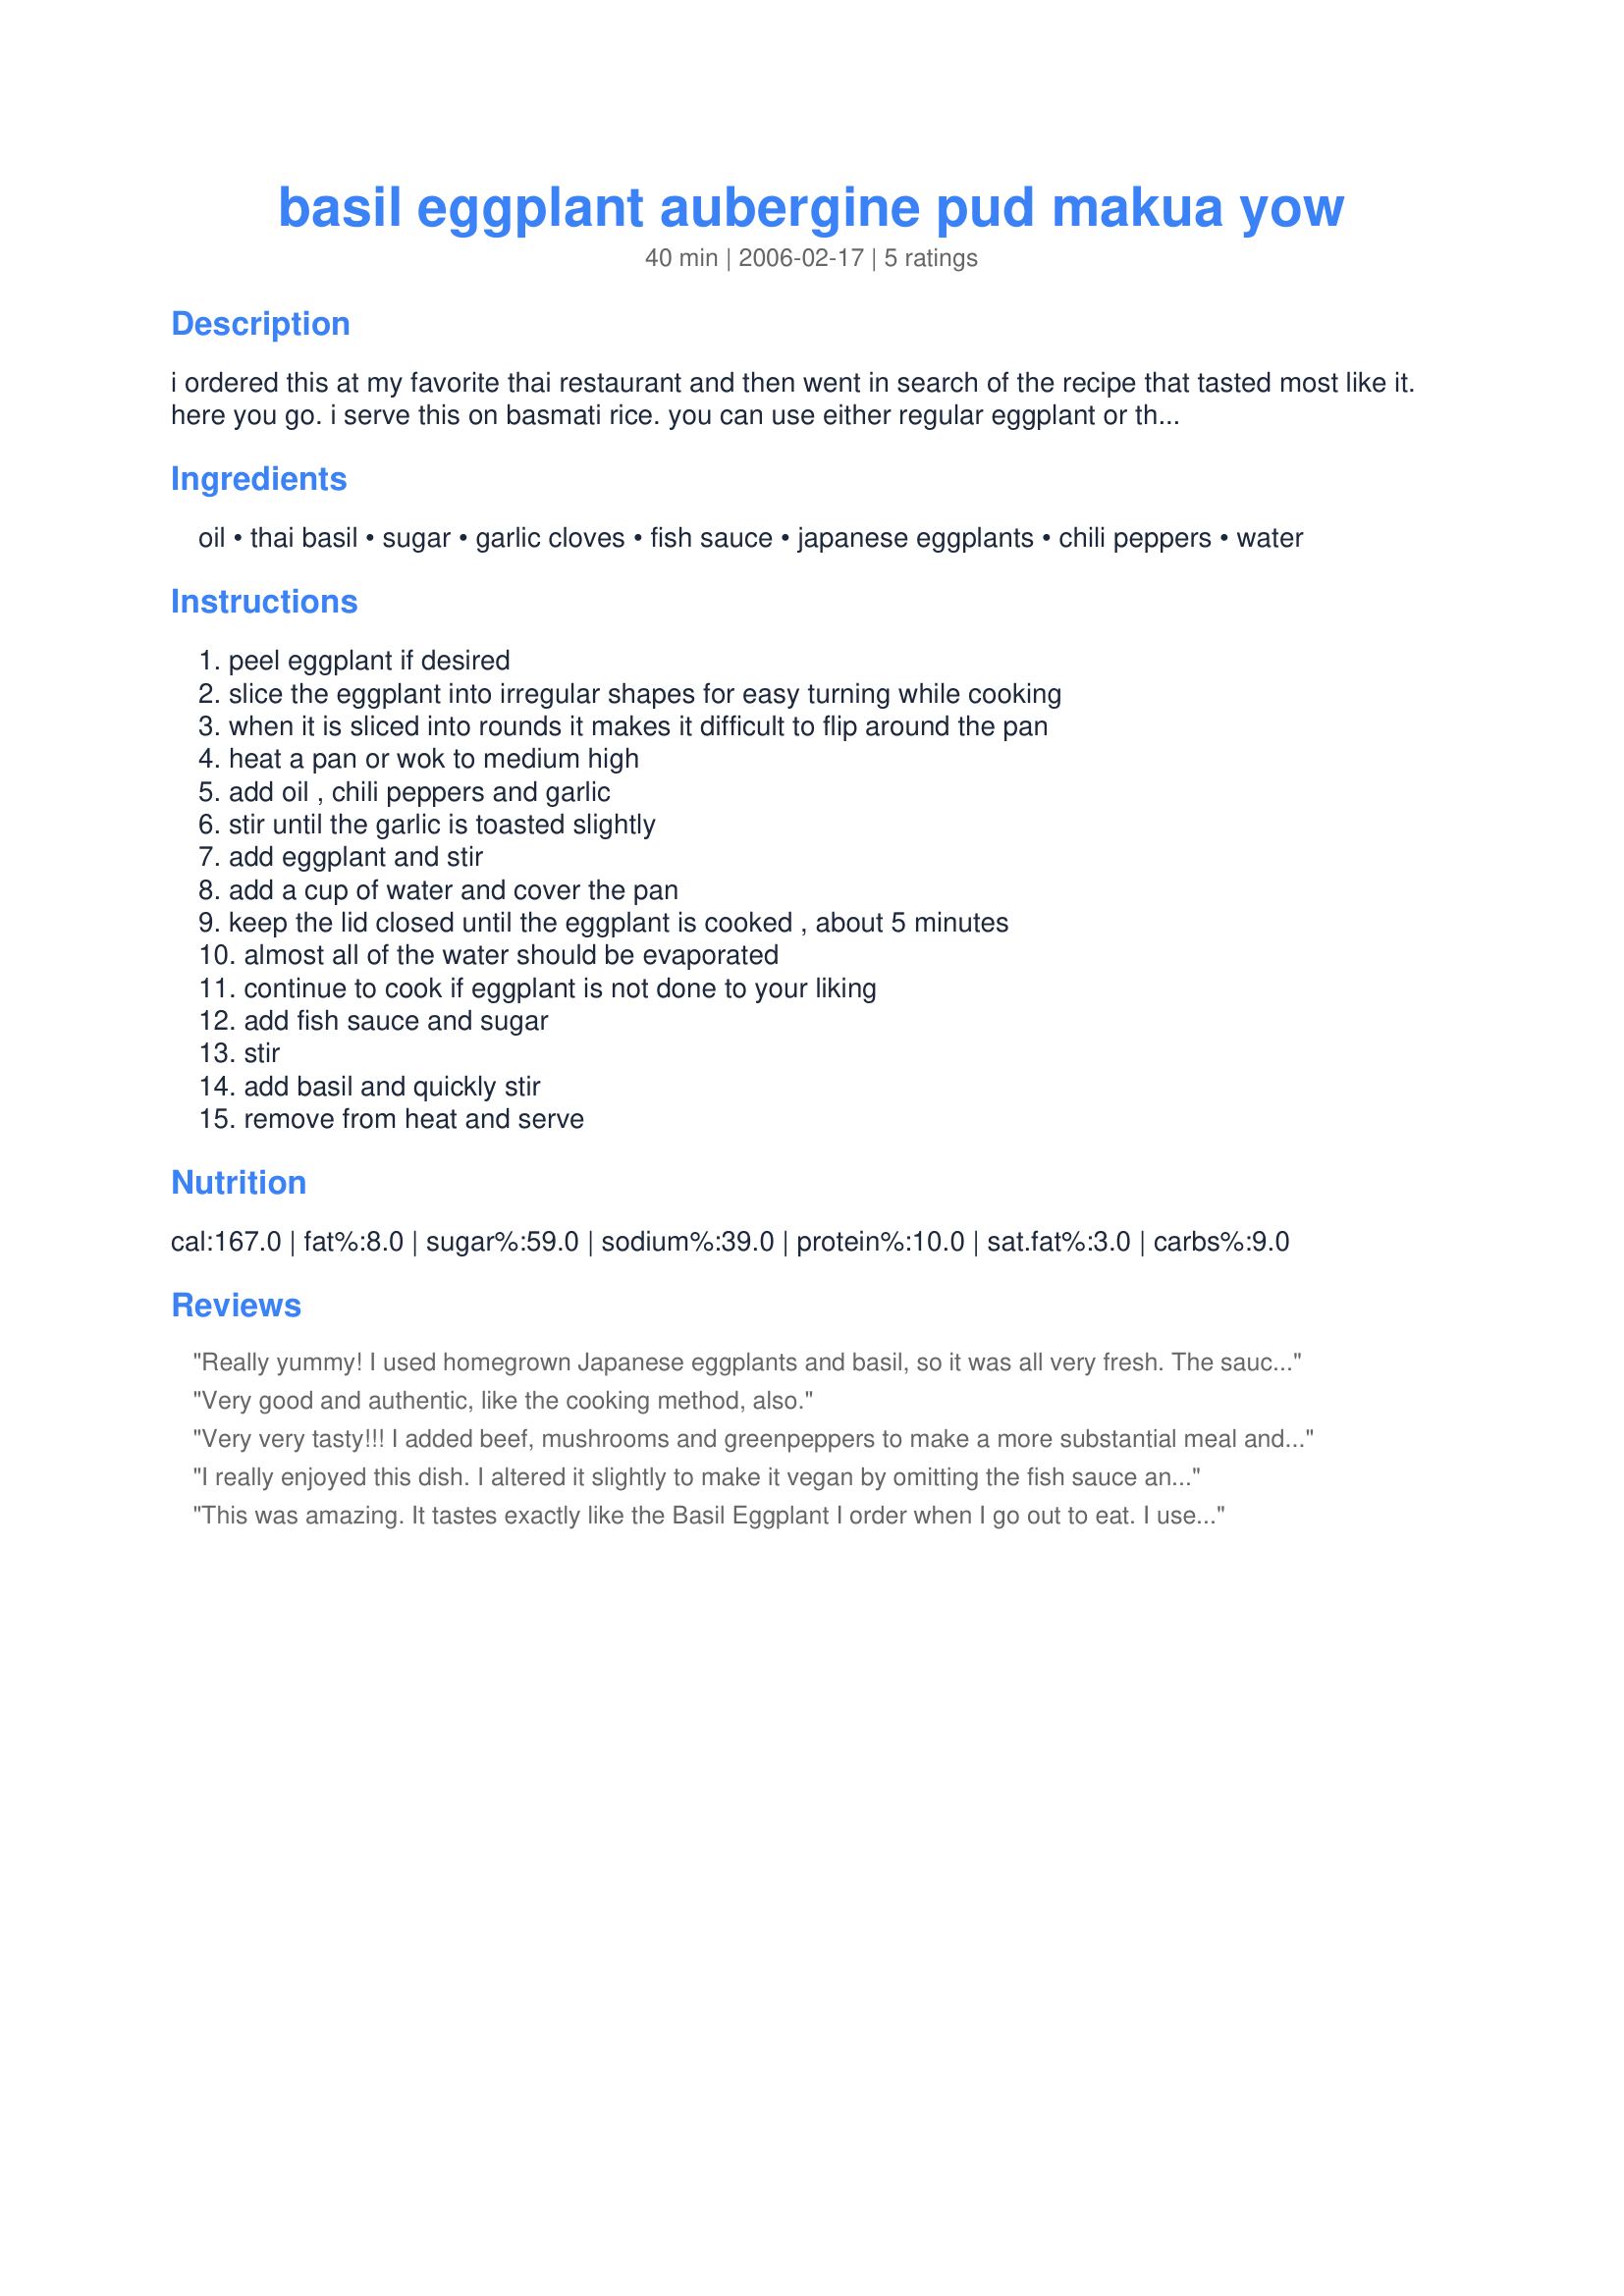
basil eggplant aubergine pud makua yow
Preparation time: 40 minutes

i ordered this at my favorite thai restaurant and then went in search of the recipe that tasted most like it. here you go. i serve this on basmati rice. you can use either regular eggplant or the long thin asian eggplants. i think the restaurant used little green ones that i have seen at the asian market.

Ingredients:
oil, thai basil, sugar, garlic cloves, fish sauce, japanese eggplants, chili peppers, water

Steps:
peel eggplant if desired, slice the eggplant into irregular shapes for easy turning while cooking, when it is sliced into rounds it makes it difficult to flip around the pan, heat a pan or wok to medium high, add oil , chili peppers and garlic, stir until the garlic is toasted slightly, add eggplant and stir, add a cup of water and cover the pan, keep the lid closed until the eggplant is cooked , about 5 minutes, almost all of the water should be evaporated, continue to cook if eggplant is not done to your liking, add fish sauce and sugar, stir, add basil and quickly stir, remove from heat and serve

Reviews:
Really yummy! I used homegrown Japanese eggplants and basil, so it was all very fresh. The sauce was delicious. I ended up combining the eggplant with a lightly fried tofu dish that I was also making, and they combined beautifully. Thanks, riffraff!
Very good and authentic, like the cooking method, also.
Very very tasty!!!

I added beef, mushrooms and greenpeppers to make a more substantial meal and also added some ginger to up the flavouring.
I really enjoyed this dish. I altered it slightly to make it vegan by omitting the fish sauce and using soy sauce instead which worked quite nicely for me. I also used cinnamon basil as that is what I'm growing in my herb garden - yum!
This was amazing. It tastes exactly like the Basil Eggplant I order when I go out to eat. I used two American eggplants and it worked well. Although, I think I will reduce the water next time because it didn't all evaporate and I was stuck draining it and filtering it for the garlic and chilies. I used one Tbsp of fish sauce and one of soya sauce because I don't like a strong fish sauce taste. Also, I kept the seeds for one chili but discarded the seeds for the other so it wouldn't be ridiculously spicy.
